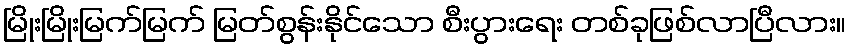
မြိုးမြိုးမြက်မြက် မြတ်စွန်းနိုင်သော စီးပွားရေး တစ်ခုဖြစ်လာပြီလား။